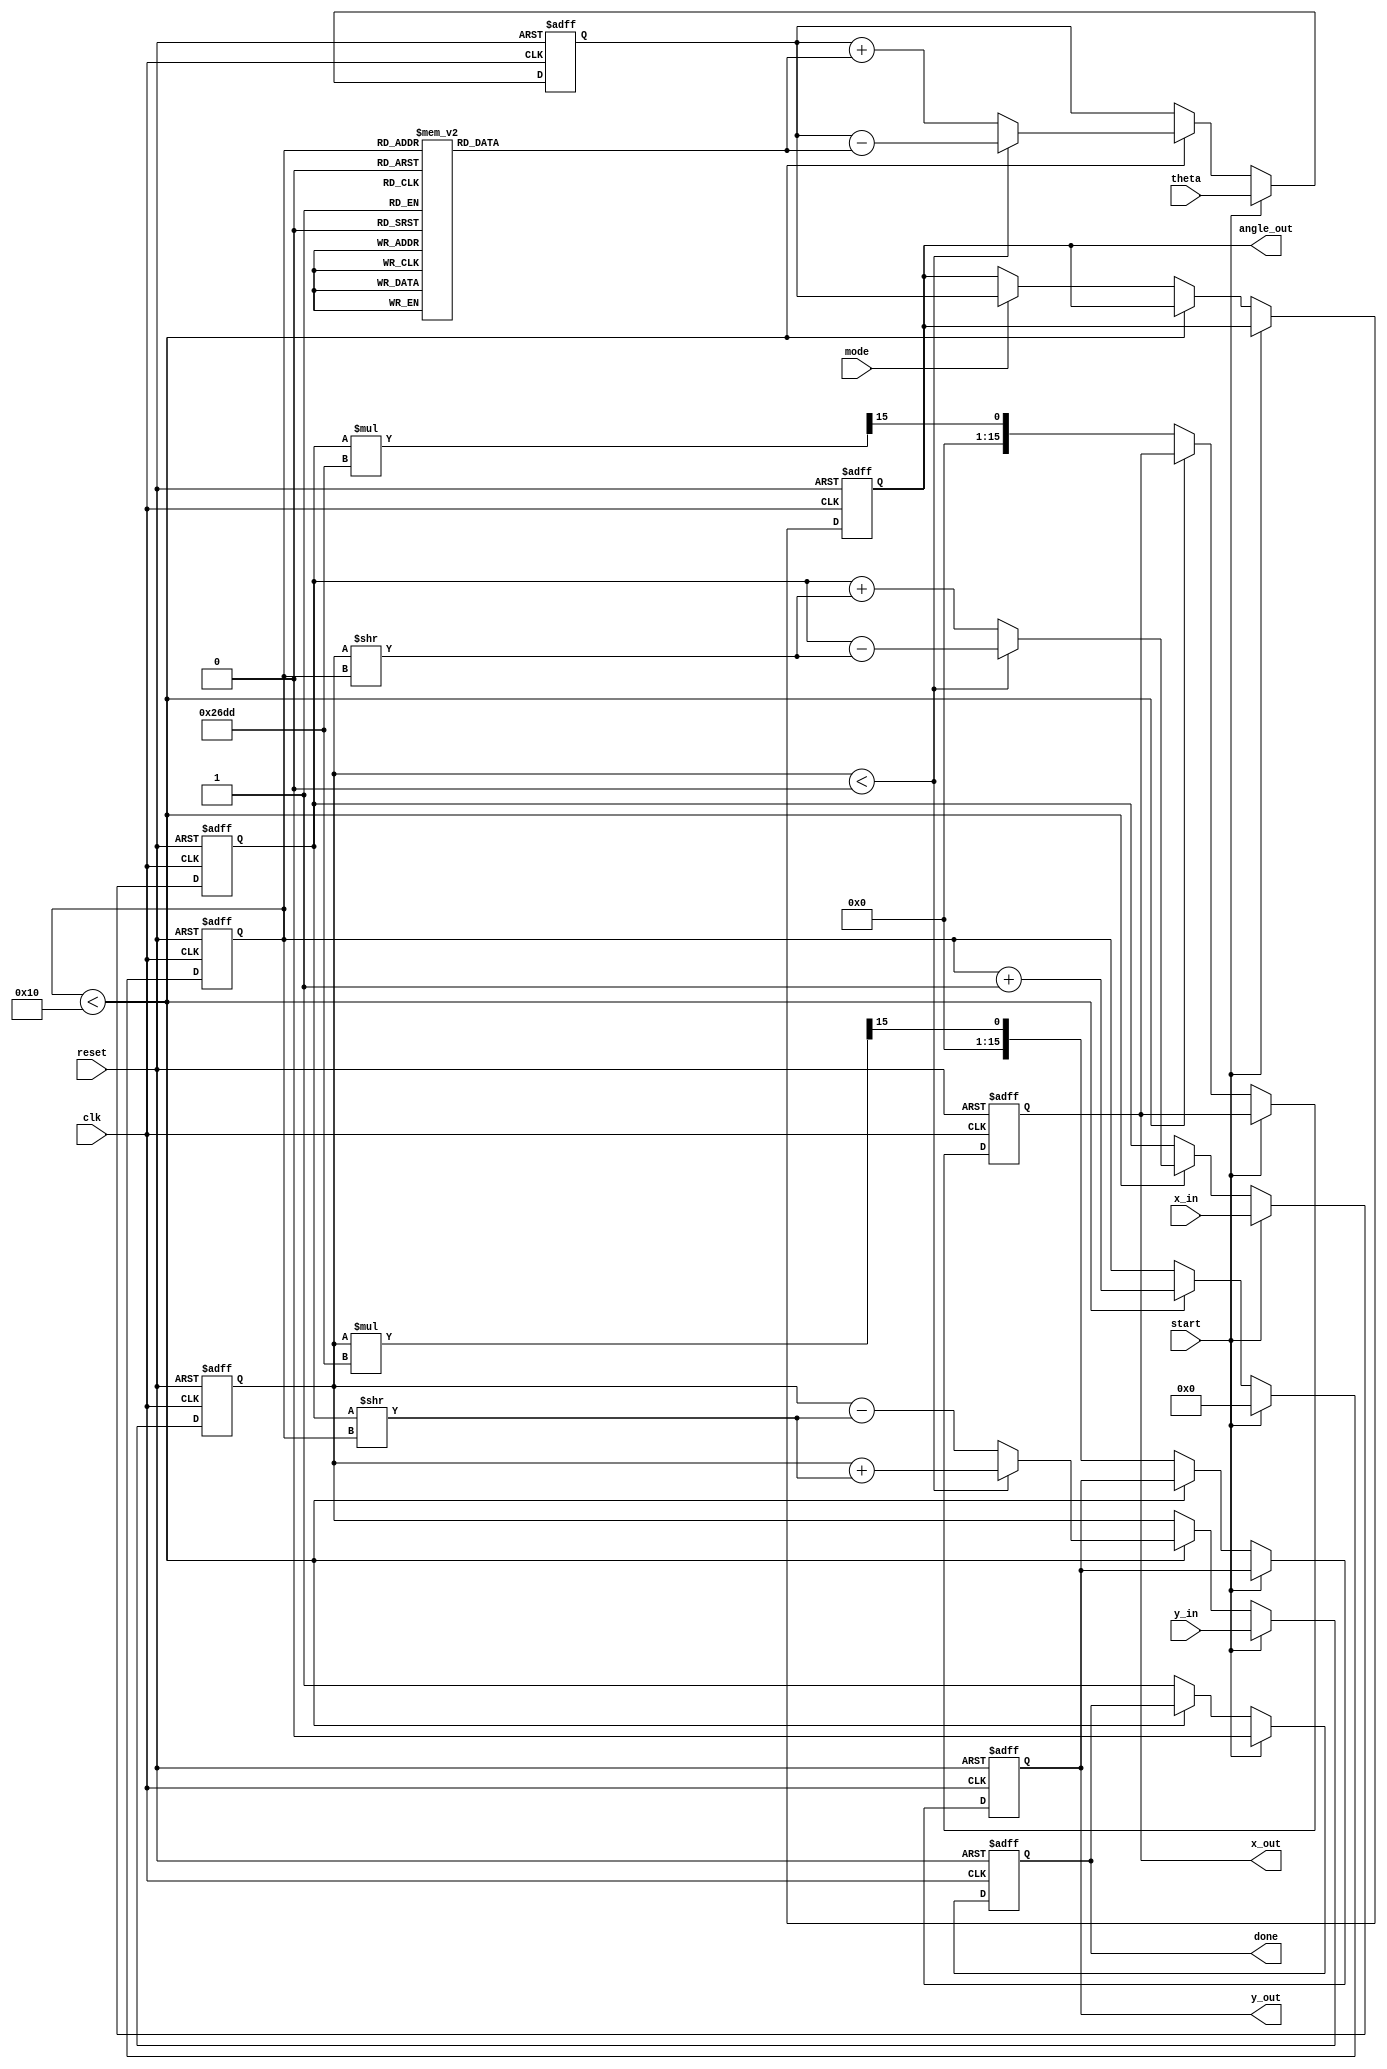
module cordic_2d (
    input wire clk,         // Clock
    input wire reset,       // Asynchronous reset
    input wire start,       // Start signal
    input wire [15:0] x_in, // Input X coordinate
    input wire [15:0] y_in, // Input Y coordinate
    input wire [15:0] theta, // Angle for rotation (in fixed-point)
    input wire mode,        // Mode: 0 for Rotation, 1 for Vector
    output reg [15:0] x_out, // Output X coordinate
    output reg [15:0] y_out, // Output Y coordinate
    output reg [15:0] angle_out, // Output accumulated angle (in vector mode)
    output reg done         // Done signal
);

    // Parameters
    parameter NUM_ITERATIONS = 16; // Number of CORDIC iterations
    parameter K = 16'h26DD; // Scaling factor (in fixed-point)

    // Internal signals
    reg [15:0] x, y;
    reg [15:0] angle;
    reg [3:0] iteration; // Current iteration
    reg [3:0] direction; // Rotation direction
    reg [15:0] arctan_table [0:NUM_ITERATIONS-1]; // Pre-computed arctan values

    // Angle LUT (arctan(2^-i) values)
    initial begin
        arctan_table[0]  = 16'h26FF; // atan(1) = 45 degrees
        arctan_table[1]  = 16'h1DAC; // atan(0.5) = 26.565 degrees
        arctan_table[2]  = 16'h0FAD; // atan(0.25) = 14.036 degrees
        arctan_table[3]  = 16'h07A9; // atan(0.125) = 7.125 degrees
        arctan_table[4]  = 16'h03C9; // atan(0.0625) = 3.576 degrees
        // ... Fill in the rest of the arctan values
    end

    // FSM for CORDIC iterations
    always @(posedge clk or posedge reset) begin
        if (reset) begin
            iteration <= 0;
            done <= 0;
            x <= 0;
            y <= 0;
            angle <= 0;
            x_out <= 0;
            y_out <= 0;
            angle_out <= 0;
        end else if (start) begin
            // Initialize inputs
            x <= x_in;
            y <= y_in;
            angle <= theta;
            iteration <= 0;
            done <= 0;
        end else if (iteration < NUM_ITERATIONS) begin
            // CORDIC iteration
            if (y < 0) begin
                direction <= 1; // Rotate clockwise
                y <= y + (x >> iteration);
                x <= x - (y >> iteration);
                angle <= angle - arctan_table[iteration];
            end else begin
                direction <= 0; // Rotate counter-clockwise
                y <= y - (x >> iteration);
                x <= x + (y >> iteration);
                angle <= angle + arctan_table[iteration];
            end
            iteration <= iteration + 1;
        end else begin
            // Output results
            x_out <= (x * K) >> 15; // Apply scaling factor
            y_out <= (y * K) >> 15; // Apply scaling factor
            if (mode) begin
                angle_out <= angle; // Output accumulated angle in vector mode
            end
            done <= 1; // Mark operation as done
        end
    end
endmodule